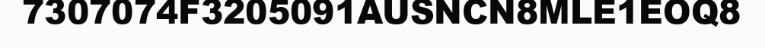
7307074F3205091AUSNCN8MLE1EOQ8